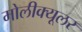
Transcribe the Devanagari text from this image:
मोलीक्यूलर